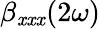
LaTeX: \beta_{\mathit{x}\mathit{x}\mathit{x}}(2\omega)